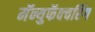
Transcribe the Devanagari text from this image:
मॅन्युफॅक्‍चरिंग